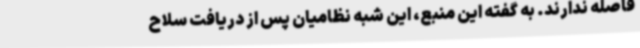
فاصله ندارند. به گفته این منبع، این شبه نظامیان پس از دریافت سلاح